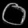
Digit: ၀